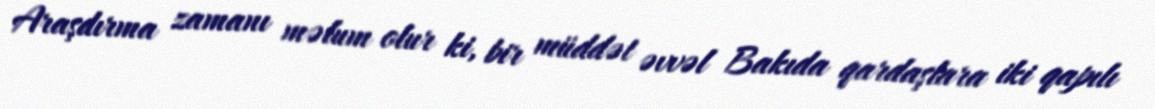
Araşdırma zamanı məlum olur ki, bir müddət əvvəl Bakıda qardaşlara iki qapılı